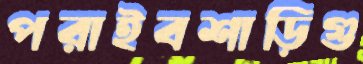
পরাইবশাড়িগু